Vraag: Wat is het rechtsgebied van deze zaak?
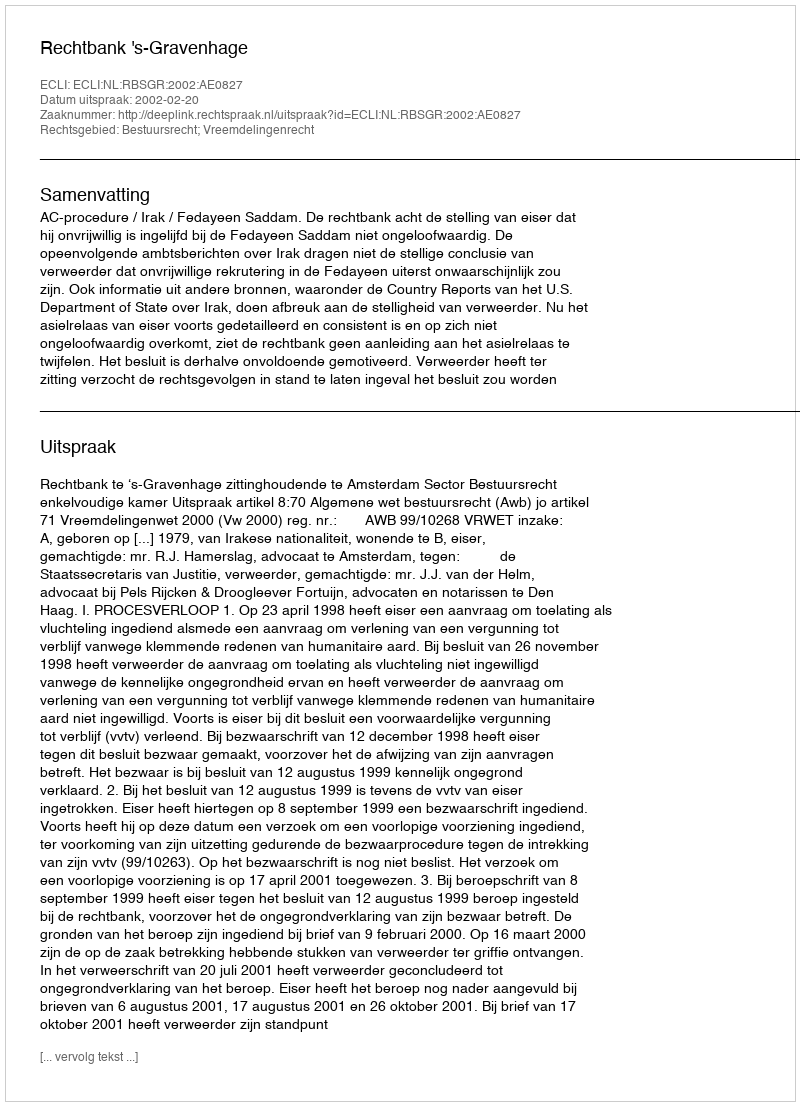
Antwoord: Bestuursrecht; Vreemdelingenrecht